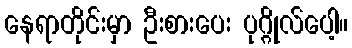
နေရာတိုင်းမှာ ဦးစားပေး ပုဂ္ဂိုလ်ပေါ့။